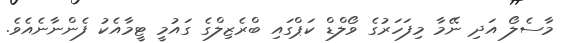
މާސެލޯ އަދި ނޭމާ މިފަހަރުގެ ވޯލްޑް ކަޕްގައި ބްރެޒިލްގެ ގައުމީ ޓީމާއެކު ފެންނާނެއެވެ.